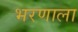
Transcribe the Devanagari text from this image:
भरणाला